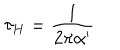
\tau _ { H } = \frac { 1 } { 2 \pi \alpha ^ { \prime } }